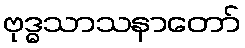
ဗုဒ္ဓသာသနာတော်